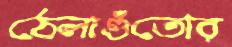
ঠেলাগুঁতোর